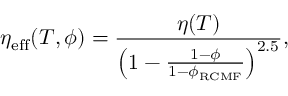
\eta _ { \mathrm { e f f } } ( T , \phi ) = \frac { \eta ( T ) } { \left( 1 - \frac { 1 - \phi } { 1 - \phi _ { \mathrm { R C M F } } } \right) ^ { 2 . 5 } } ,